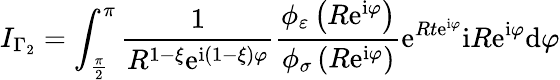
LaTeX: I_{\Gamma_{2}}=\int_{\frac{\pi}{2}}^{\pi}\frac{1}{R^{1-\xi}\mathrm{e}^{\mathrm{i}\left(1-\xi\right)\varphi}}\frac{\phi_{\varepsilon}\left(R\mathrm{e}^{\mathrm{i}\varphi}\right)}{\phi_{\sigma}\left(R\mathrm{e}^{\mathrm{i}\varphi}\right)}\mathrm{e}^{Rt\mathrm{e}^{\mathrm{i}\varphi}}\mathrm{i}R\mathrm{e}^{\mathrm{i}\varphi}\mathrm{d}\varphi